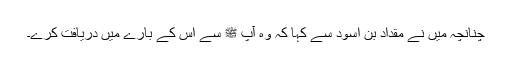
چنانچہ میں نے مقداد بن اسود سے کہا کہ وہ آپ ﷺ سے اس کے بارے میں دریافت کرے۔